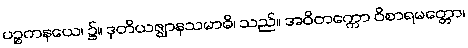
ပဉ္စကနယေ၊ ၌။ ဒုတိယဇ္ဈာနသမာဓိ၊ သည်။ အဝိတက္ကော ဝိစာရမတ္တော၊